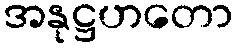
အနုဋ္ဌဟတော